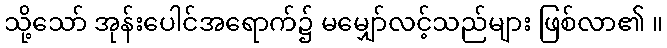
သို့သော် အုန်းပေါင်အရောက်၌ မမျှော်လင့်သည်များ ဖြစ်လာ၏ ။